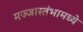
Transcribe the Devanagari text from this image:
मज्जास्तंभामध्ये